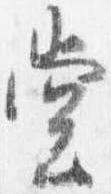
堂